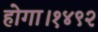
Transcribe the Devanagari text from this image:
होगा।१४९२